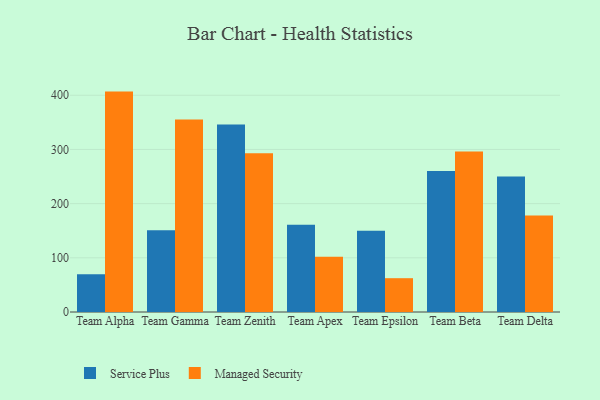
{"axis": {"x": "Team", "y": "Satisfaction Score"}, "legend": ["Managed Security", "Service Plus"], "data": [{"x": "Team Alpha", "y": 69.8, "type": "Service Plus"}, {"x": "Team Alpha", "y": 406.8, "type": "Managed Security"}, {"x": "Team Gamma", "y": 151.0, "type": "Service Plus"}, {"x": "Team Gamma", "y": 355.1, "type": "Managed Security"}, {"x": "Team Zenith", "y": 346.3, "type": "Service Plus"}, {"x": "Team Zenith", "y": 292.8, "type": "Managed Security"}, {"x": "Team Apex", "y": 160.9, "type": "Service Plus"}, {"x": "Team Apex", "y": 101.8, "type": "Managed Security"}, {"x": "Team Epsilon", "y": 149.8, "type": "Service Plus"}, {"x": "Team Epsilon", "y": 62.4, "type": "Managed Security"}, {"x": "Team Beta", "y": 260.4, "type": "Service Plus"}, {"x": "Team Beta", "y": 296.4, "type": "Managed Security"}, {"x": "Team Delta", "y": 250.1, "type": "Service Plus"}, {"x": "Team Delta", "y": 178.3, "type": "Managed Security"}]}